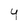
Character: Y